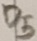
Text: D5